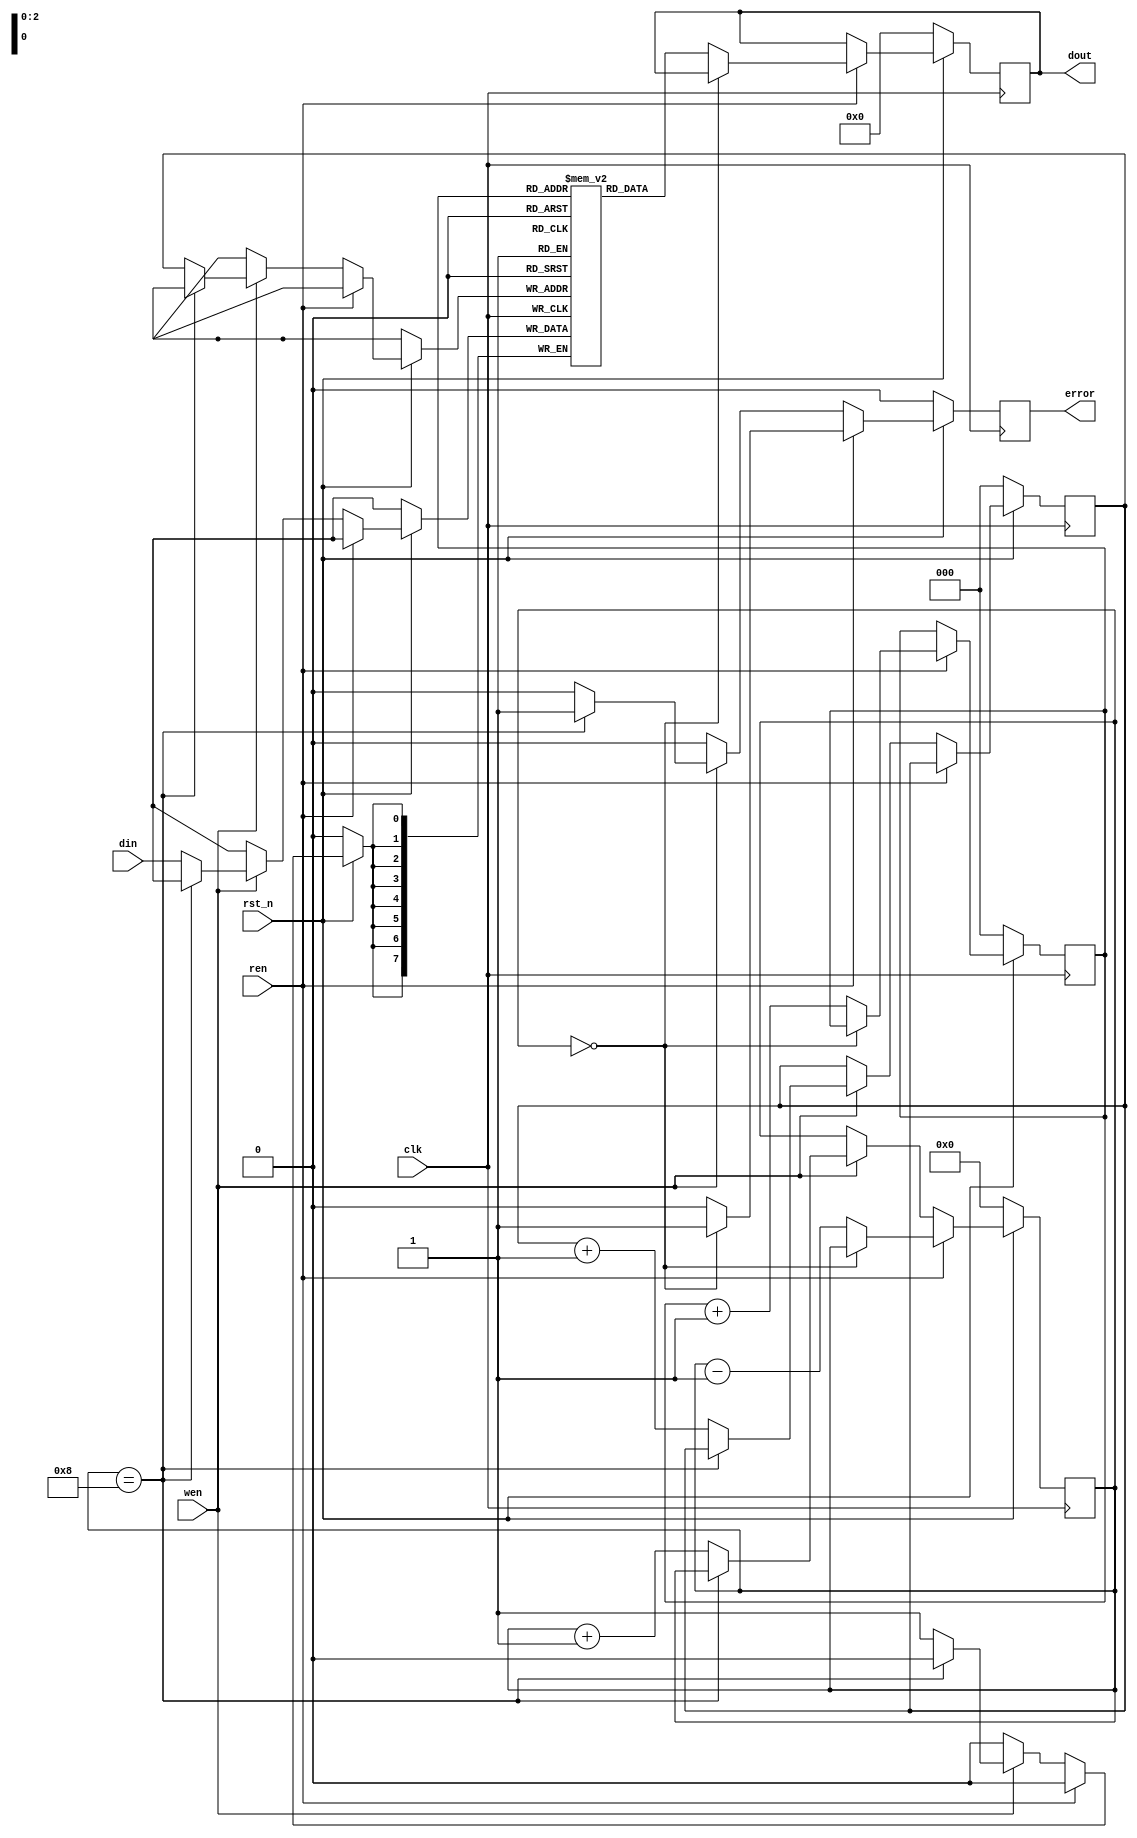
`timescale 1ns/1ps

module FIFO_8(clk, rst_n, wen, ren, din, dout, error);
input clk;
input rst_n;
input wen, ren;
input [8-1:0] din;
output reg [8-1:0] dout;
output reg error = 1'b0;
reg [2:0] head = 3'b0, rear = 3'b0;
reg [3:0] ct = 4'b0;
reg [8-1:0] queue [8-1:0];

always@(posedge clk)begin
    if(rst_n == 1'b0)begin
        dout <= 8'b0;
        error <= 1'b0;
        head <= 3'b0;
        rear <= 3'b0;
        ct <= 4'b0;
    end
    else begin
        if(ren == 1'b1)begin
            if(ct == 4'b0) error <= 1'b1;
            else begin
                dout <= queue[head];
                head <= head + 1'b1;
                ct <= ct - 1'b1;
                error <= 1'b0;
            end
        end
        else if(wen == 1'b1)begin
            if(ct == 4'b1000) error <= 1'b1;
            else begin
                queue[rear] <= din;
                rear <= rear + 1'b1;
                ct <= ct + 1'b1;
                error <= 1'b0;
            end
        end
        else begin
            error <= 1'b0;
        end
    end
end

endmodule

module Round_Robin_FIFO_Arbiter(clk, rst_n, wen, a, b, c, d, dout, valid);
input clk;
input rst_n;
input [4-1:0] wen;
input [8-1:0] a, b, c, d;
output reg [8-1:0] dout = 8'b0;
output reg valid = 1'b0;

wire [3:0] err;
wire [7:0] out [3:0];
reg [3:0] ren;
reg [1:0] ct;
reg rw = 1'b0;

FIFO_8 f1(clk, rst_n, wen[0], ren[0], a, out[0], err[0]);
FIFO_8 f2(clk, rst_n, wen[1], ren[1], b, out[1], err[1]);
FIFO_8 f3(clk, rst_n, wen[2], ren[2], c, out[2], err[2]);
FIFO_8 f4(clk, rst_n, wen[3], ren[3], d, out[3], err[3]);

always@(posedge clk)begin
    if(rst_n == 1'b0) begin
        ct <= 2'b0;
        rw <= 1'b0;
    end
    else begin
        ct <= ct + 1'b1;
        rw <= wen[ct] == 1'b0 ? 1'b1 : 1'b0;
    end
end

always@(*)begin
    ren[0] = ct == 2'b00 && ~wen[0] ? 1'b1 : 1'b0;
    ren[1] = ct == 2'b01 && ~wen[1] ? 1'b1 : 1'b0;
    ren[2] = ct == 2'b10 && ~wen[2] ? 1'b1 : 1'b0;
    ren[3] = ct == 2'b11 && ~wen[3] ? 1'b1 : 1'b0;
    valid = rst_n == 1'b0 ? 1'b0 : (rw && err[ct - 1'b1] == 1'b0) ? 1'b1 : 1'b0;
    dout = valid == 1'b1 ? out[ct - 1'b1] : 1'b0;
end

endmodule